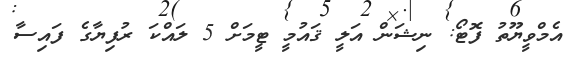
އެމްވީޔޫތު ފޮޓޯ: ނިޝަން އަލީ ޤައުމީ ޓީމަށް 5 ލައްކަ ރުފިޔާގެ ފައިސާ